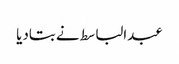
عبدالباسط نے بتادیا